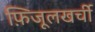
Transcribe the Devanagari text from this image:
फ़िजूलखर्ची